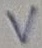
Text: V